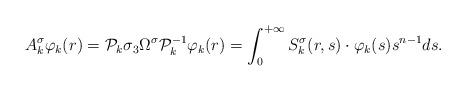
LaTeX: \begin{align*}A_k^\sigma\varphi_k(r)=\mathcal{P}_k\sigma_3\Omega^\sigma\mathcal{P}_k^{-1}\varphi_k(r)=\int_0^{+\infty}S_k^\sigma(r,s)\cdot \varphi_k(s)s^{n-1}ds.\end{align*}